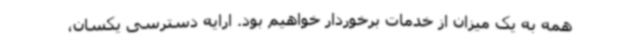
همه به یک میزان از خدمات برخوردار خواهیم بود. ارایه دسترسی یکسان،